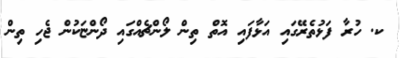
ކ. ހުރާ ފަޅުތެރޭގައި އަޅާފައި އޮތް ތިން ލޯންޗެއްގައި ދޯންޏަކުން ޖެހި ތިން